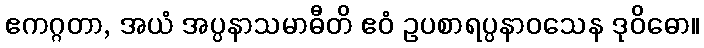
ဧကဂ္ဂတာ, အယံ အပ္ပနာသမာဓီတိ ဧဝံ ဥပစာရပ္ပနာဝသေန ဒုဝိဓော။